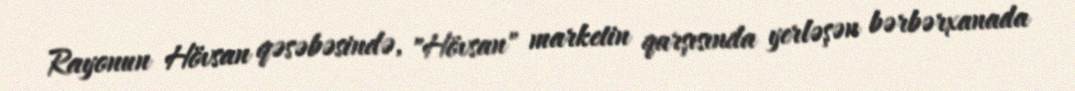
Rayonun Hövsan qəsəbəsində, "Hövsan" marketin qarşısında yerləşən bərbərxanada